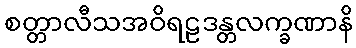
စတ္တာလီသအဝိရဠဒန္တလက္ခဏာနိ